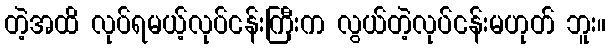
တဲ့အထိ လုပ်ရမယ့်လုပ်ငန်းကြီးက လွယ်တဲ့လုပ်ငန်းမဟုတ် ဘူး။